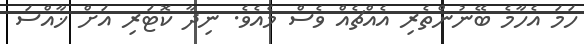
ހަމަ އެހާމެ ބޭނުންތެރި އެއްޗެއް ވެސް މެއެވެ. ނިދާ ކޮޓަރި އަށް ޚާއްސަ